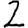
Digit: 2